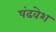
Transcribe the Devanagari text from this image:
षंढवेश